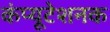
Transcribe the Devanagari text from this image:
कंप्यूटेशनक